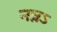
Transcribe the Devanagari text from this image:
नन्नऽ